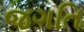
જગતિ